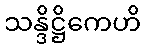
သန္ဒိဋ္ဌိကေဟိ